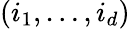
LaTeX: \left(i_{1},\ldots,i_{d}\right)